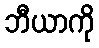
ဘီယာကို